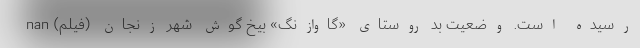
رسیده است. وضعیت بد روستای «گاوازنگ» بیخ گوش شهر زنجان (فیلم) nan